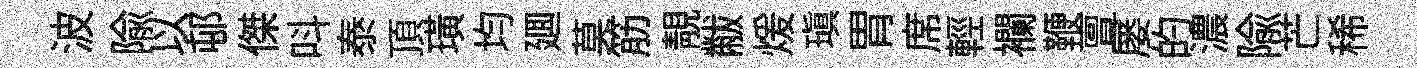
波隃以邨傑呌泰頂璜均廽莫筋靚黻煖瑱胃席輕襴鞭亶屡的濃隃芒稀